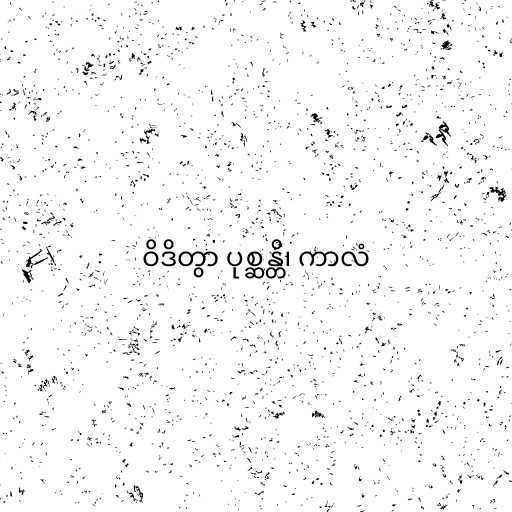
ဝိဒိတွာ ပုစ္ဆန္တိ၊ ကာလံ